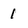
Character: 1